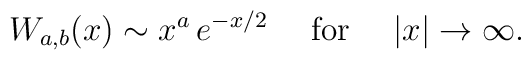
W_{a, b}(x) \sim x^a \, e^{-x/2}~~~~{\rm for}~~~~|x| \rightarrow \infty.